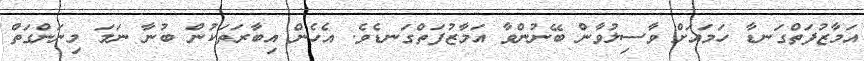
އަމާޒުފަތްގަނޑާ ހަމައަށް ވާސިލުވާން ބޭނުންވާ އަމާޒުފަތްގަނޑެވެ. އެހެން އިބާރަތަކުން ބުނާ ނަމަ މިނަންގަތް